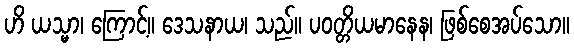
ဟိ ယသ္မာ၊ ကြောင့်။ ဒေသနာယ၊ သည်။ ပဝတ္တိယမာနေန၊ ဖြစ်စေအပ်သော။